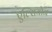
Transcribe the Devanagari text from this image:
एल्सियोन